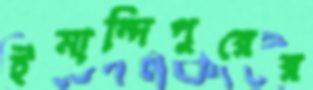
ইমান্দিপুরের